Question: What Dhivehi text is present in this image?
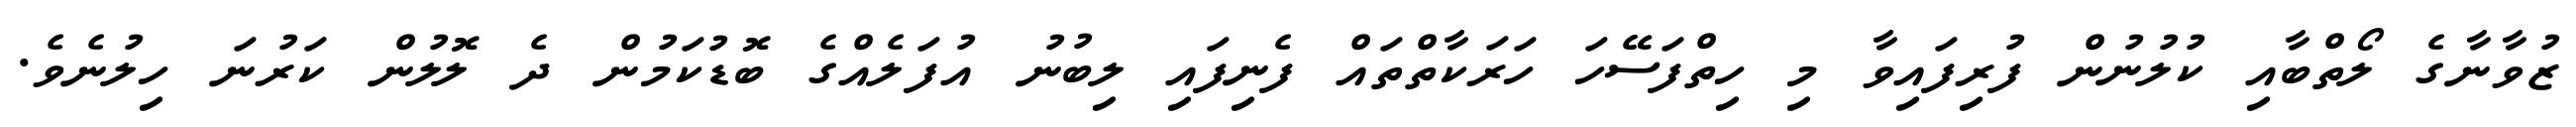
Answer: ޒުވާނާގެ ލޯތްބާއި ކުލުނުން ފުރިފައިވާ މި ހިތްފަސޭހަ ހަރަކާތްތައް ފެނިފައި ލިބުނު އުފަލެއްގެ ބޮޑުކަމުން ދެ ލޮލުން ކަރުނަ ހިލުނެވެ.